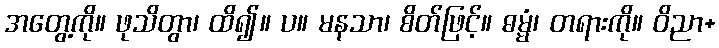
အတွေ့ကို။ ဖုသိတွာ၊ ထိ၍။ ပ။ မနသာ၊ စိတ်ဖြင့်။ ဓမ္မံ၊ တရားကို။ ဝိညာ+